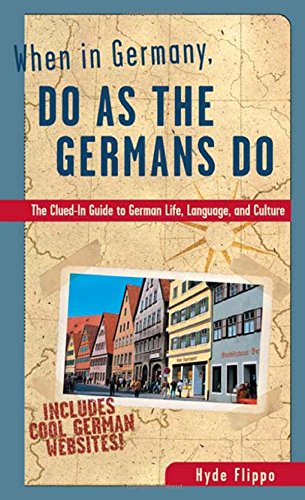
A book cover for When in Germany, Do as the Germans Do: The Clued-In Guide to German Life, Language, and Culture; Hyde Flippo; Travel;